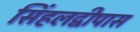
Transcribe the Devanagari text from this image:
सिंहलद्वीपास